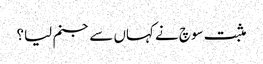
مثبت سوچ نے کہاں سے جنم لیا؟